Vaccine operations Central Provinces & Berar 1922-1929 - 1922-1929
Year: 1922
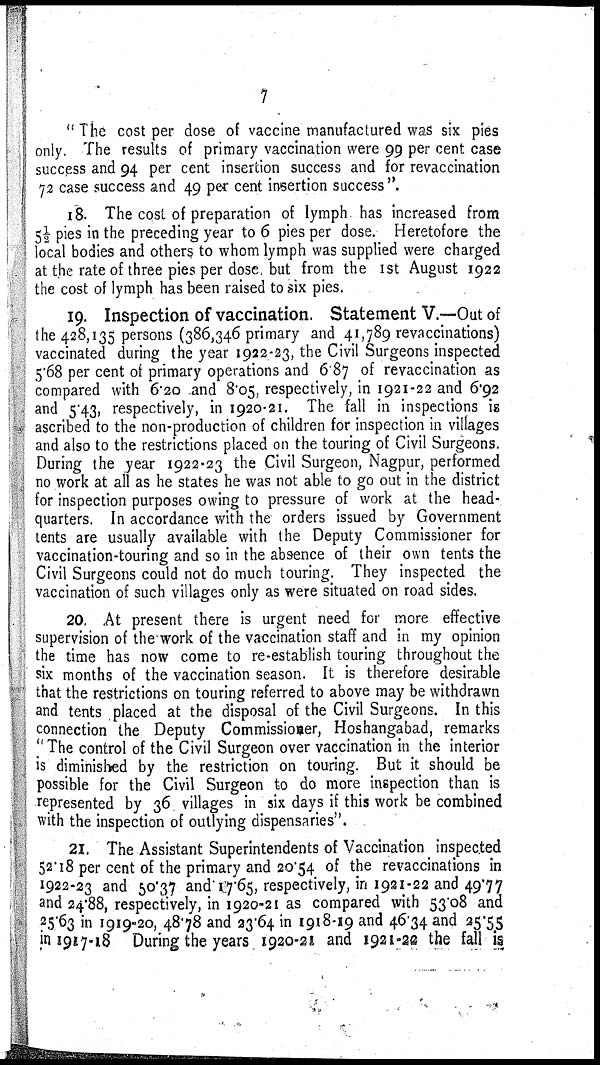
7
" The cost per dose of vaccine manufactured was six pies
only. The results of primary vaccination were 99 per cent case
success and 94 per cent insertion success and for revaccination
72 case success and 49 per cent insertion success".
18. The cost of preparation of lymph has increased from
5½ pies in the preceding year to 6 pies per dose. Heretofore the
local bodies and others to whom lymph was supplied were charged
at the rate of three pies per dose, but from the 1st August 1922
the cost of lymph has been raised to six pies.
19. Inspection of vaccination. Statement V.—Out of
the 428,135 persons (386,346 primary and 41,789 revaccinations)
vaccinated during the year 1922-23, the Civil Surgeons inspected
5.68 per cent of primary operations and 6.87 of revaccination as
compared with 6.20 and 8.05, respectively, in 1921-22 and 6.92
and 5.43, respectively, in 1920-21. The fall in inspections is
ascribed to the non-production of children for inspection in villages
and also to the restrictions placed on the touring of Civil Surgeons.
During the year 1922-23 the Civil Surgeon, Nagpur, performed
no work at all as he states he was not able to go out in the district
for inspection purposes owing to pressure of work at the head-
quarters. In accordance with the orders issued by Government
tents are usually available with the Deputy Commissioner for
vaccination-touring and so in the absence of their own tents the
Civil Surgeons could not do much touring. They inspected the
vaccination of such villages only as were situated on road sides.
20. At present there is urgent need for more effective
supervision of the work of the vaccination staff and in my opinion
the time has now come to re-establish touring throughout the
six months of the vaccination season. It is therefore desirable
that the restrictions on touring referred to above may be withdrawn
and tents placed at the disposal of the Civil Surgeons. In this
connection the Deputy Commissioner, Hoshangabad, remarks
"The control of the Civil Surgeon over vaccination in the interior
is diminished by the restriction on touring. But it should be
possible for the Civil Surgeon to do more inspection than is
represented by 36 villages in six days if this work be combined
with the inspection of outlying dispensaries".
21. The Assistant Superintendents of Vaccination inspected
52.18 per cent of the primary and 20.54 of the revaccinations in
1922-23 and 50.37 and 17.65, respectively, in 1921-22 and 49.77
and 24.88, respectively, in 1920-21 as compared with 53.08 and
25.63 in 1919-20, 48.78 and 23.64 in 1918-19 and 46.34 and 25.55
in 1917-18 During the years 1920-21 and 1921-22 the fall is